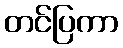
တင်ပြကာ